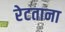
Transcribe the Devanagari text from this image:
रेटताना